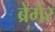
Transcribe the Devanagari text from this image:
ब्रेमेर